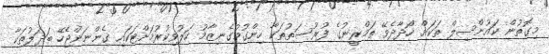
މިގޮތުން ކައުންސިލް ތަކަށް ހޯދާދެވޭ ތަމްރީނުގެ ފުރުސަތުތަކާ ހިންގުމުގެނިޒާމު ހަލުވިކުރުމަށްޓަކައި ގެންނަންޖެހޭ ބަދަލުތަކާ